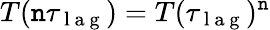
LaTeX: T(\mathtt{n}\tau_{\mathrm{{~l~a~g~}}})=T(\tau_{\mathrm{{~l~a~g~}}})^{\mathtt{n}}